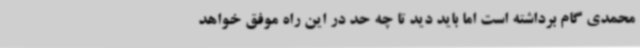
محمدی گام برداشته است اما باید دید تا چه حد در این راه موفق خواهد